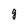
Character: g